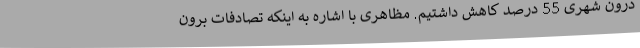
درون شهری 55 درصد کاهش داشتیم. مظاهری با اشاره به اینکه تصادفات برون